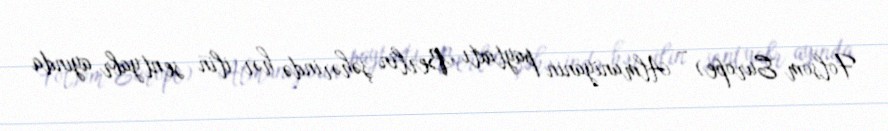
Folsom Europe) – Almaniyanın paytaxtı Berlin şəhərində hər ilin sentyabr ayında